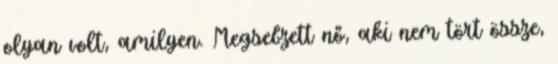
olyan volt, amilyen. Megsebzett nő, aki nem tört össze,